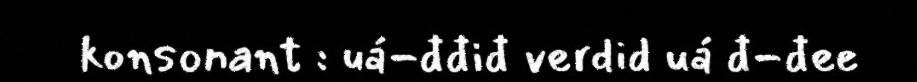
konsonant : uá-đđiđ verdid uá đ-đee